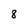
Character: 8